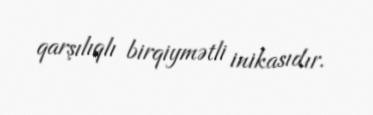
qarşılıqlı birqiymətli inikasıdır.